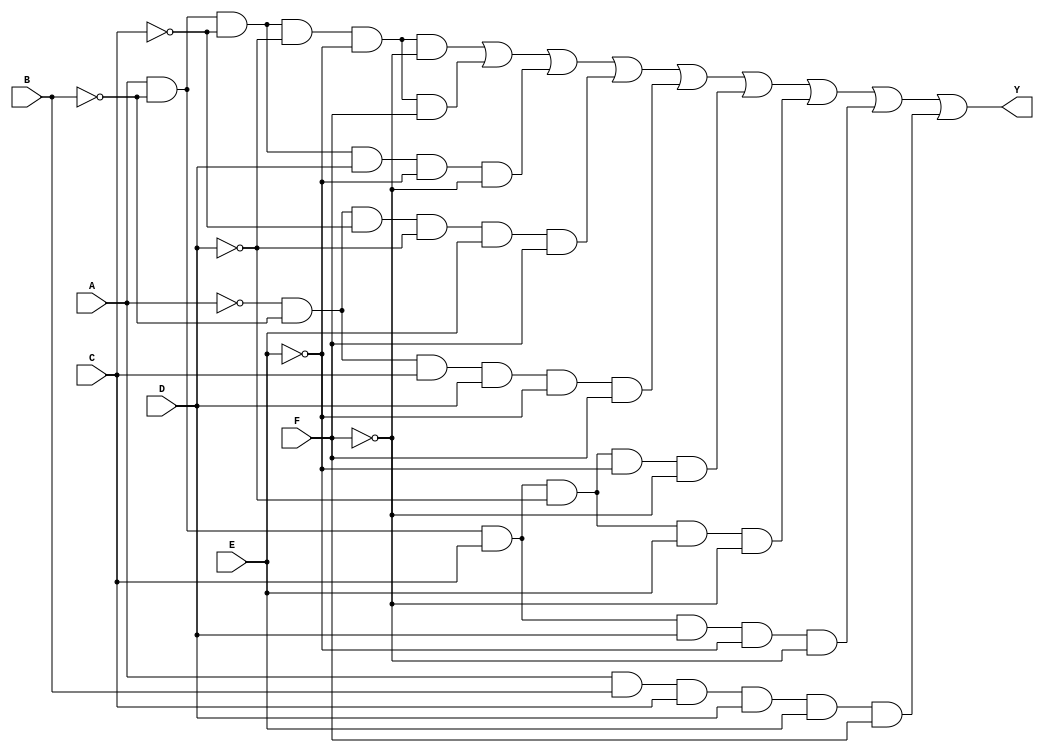
module combinational_logic_block (
    input wire A, B, C, D, E, F,  // Input Variables
    output wire Y                 // Output Variable
);

// Truth table minterms for the K-map
// Example minterms (you'll need to adjust these based on your K-map)
// For instance, let's say the output is high for minterms 0, 1, 2, 5, 7, 8, 9, 10, 15
assign Y = (A & ~B & ~C & ~D & ~E & ~F) | // 0
           (A & ~B & ~C & ~D & ~E & F)  | // 1
           (A & ~B & ~C & D & ~E & ~F)  | // 2
           (~A & ~B & ~C & ~D & E & F)  | // 5
           (~A & ~B & C & D & ~E & F)   | // 7
           (A & ~B & C & ~D & ~E & ~F)  | // 8
           (A & ~B & C & ~D & E & ~F)   | // 9
           (A & ~B & C & D & ~E & ~F)   | // 10
           (A & B & C & D & E & F);      // 15

endmodule